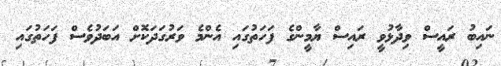
ނައިބު ރައީސް ވިދާޅުވީ ރައިސް ޔާމީންގެ ފަހަތުގައި އެންމެ ވަރުގަދަކޮށް އަބަދުވެސް ފަހަތުގައި